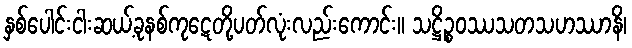
နှစ်ပေါင်းငါးဆယ့်ခုနစ်ကုဋေတို့ပတ်လုံးလည်းကောင်း။ သဋ္ဌိဉ္စဝဿသတသဟဿာနိ၊